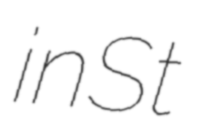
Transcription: in St